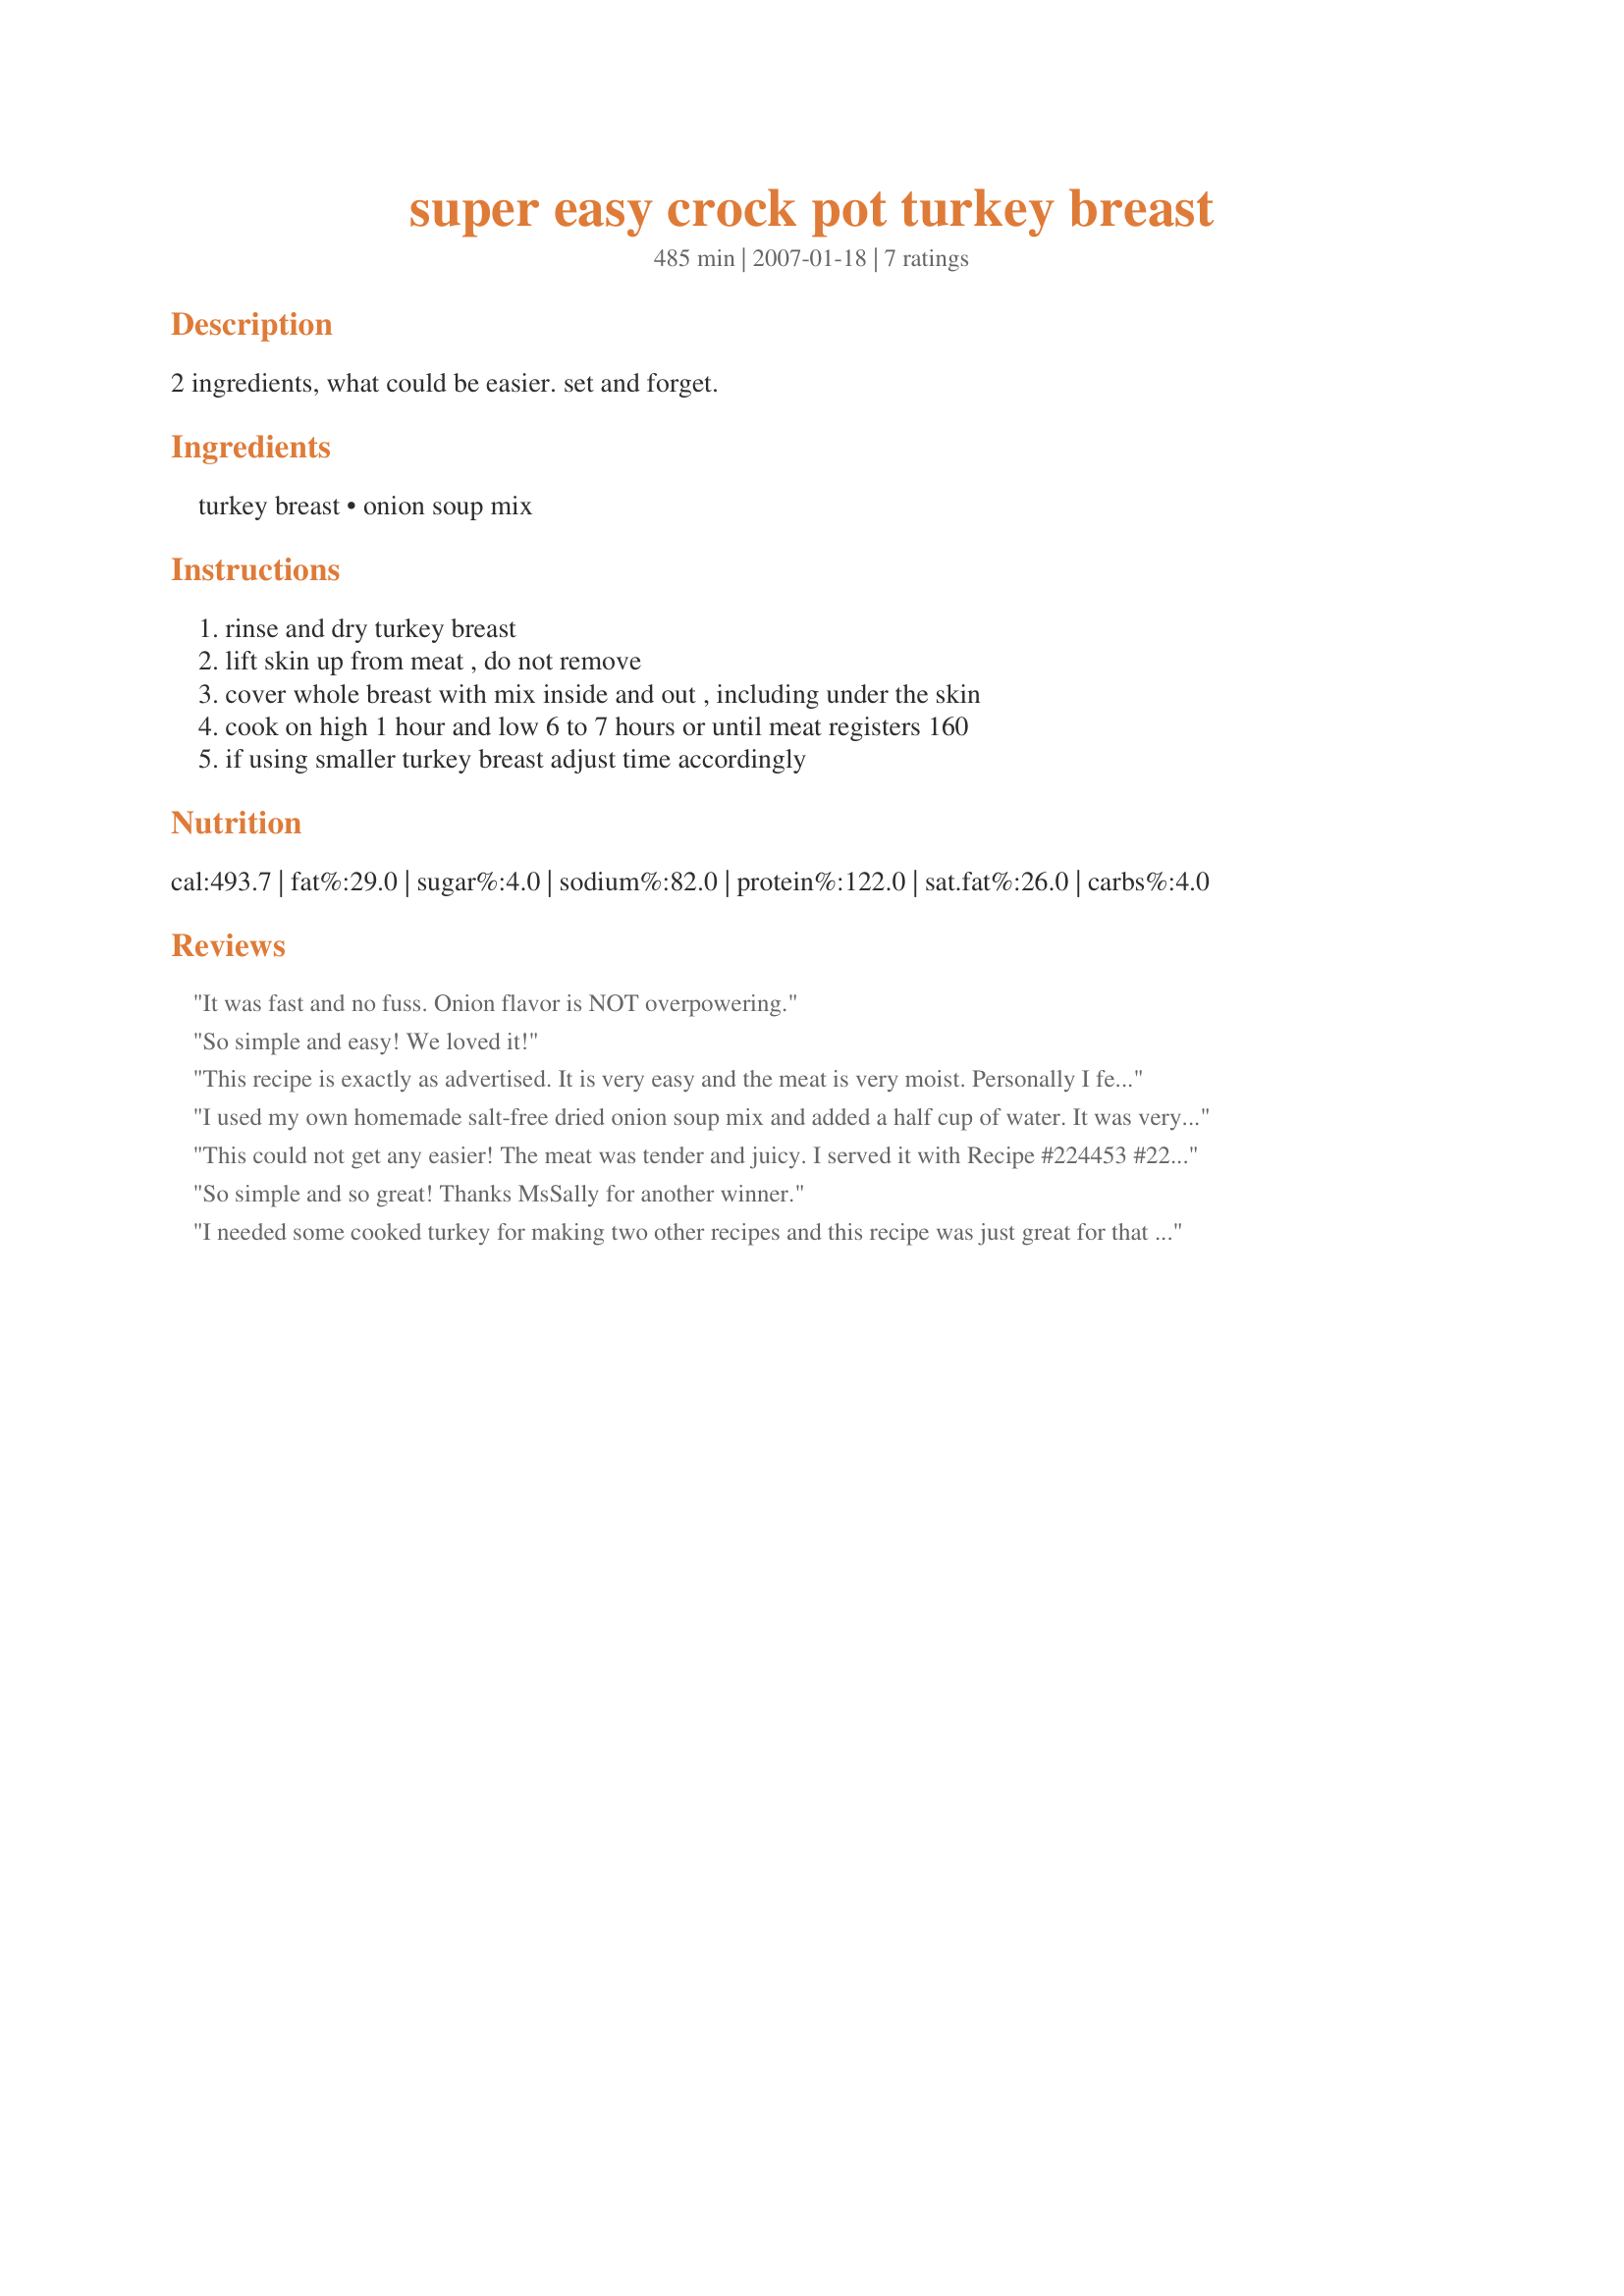
super easy crock pot turkey breast
Preparation time: 485 minutes

2 ingredients, what could be easier. set and forget.

Ingredients:
turkey breast, onion soup mix

Steps:
rinse and dry turkey breast, lift skin up from meat , do not remove, cover whole breast with mix inside and out , including under the skin, cook on high 1 hour and low 6 to 7 hours or until meat registers 160, if using smaller turkey breast adjust time accordingly

Reviews:
It was fast and no fuss. Onion flavor is NOT overpowering.
So simple and easy! We loved it!
This recipe is exactly as advertised. It is very easy and the meat is very moist. Personally I felt the onion mix overwhelmed the turkey BUT I am not the hugest fan of onions (now garlic is another subject LOL) and someone who loves onions this recipe will be great for you. I am going to play around with this one a bit to better suit my tastes because it doesn't get any easier than this and the meat is very moist. Thanks for the post MsSally I will be making this again with some modifications strickly for my tastes.
I used my own homemade salt-free dried onion soup mix and added a half cup of water. It was very good and the gravy I made with the drippings was outstanding. I will be cooking my turkey breast this way from now on.
This could not get any easier! The meat was tender and juicy. I served it with Recipe #224453 #224453 and Recipe #225985 #225985. I had lots leftover and used it to make Recipe #220300 #220300, Recipe #112510 #112510, Recipe #170236 #170236, and Recipe #229671 #229671. This will be added to my OAMC rotation, as it makes a great meal and very versatile planned leftovers. Made for Review My Recipe. Thanks for a keeper MsSally!
So simple and so great! Thanks MsSally for another winner.
I needed some cooked turkey for making two other recipes and this recipe was just great for that purpose. The effort required was minimal and the finished turkey was moist and flavoursome. I added some parsely, sage and thyme to the soup mix - and that was it: 5 minutes preparation. This recipe would be equally useful for preparing chicken when you're planning to make several recipes using cooked chicken. Thank you for sharing this recipe, MsSally. Made for Every Day is a Holiday.
